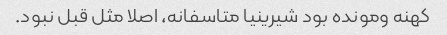
کهنه و‌مونده بود شیرینیا متاسفانه، اصلا مثل قبل نبود.